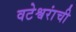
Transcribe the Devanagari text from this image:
वटेश्वरांची